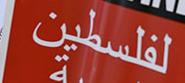
لفلسطين